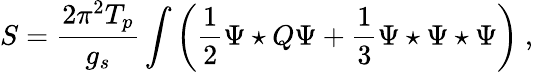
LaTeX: S=\frac{2\pi^{2}T_{p}}{g_{s}}\int\left(\frac{1}{2}\Psi\star Q\Psi+\frac{1}{3}\Psi\star\Psi\star\Psi\right)\ ,